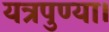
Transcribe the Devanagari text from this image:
यत्रपुण्या।